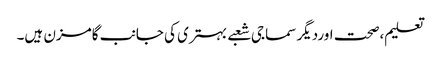
تعلیم،صحت اوردیگر سماجی شعبے بہتری کی جانب گامزن ہیں۔